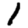
Digit: 1